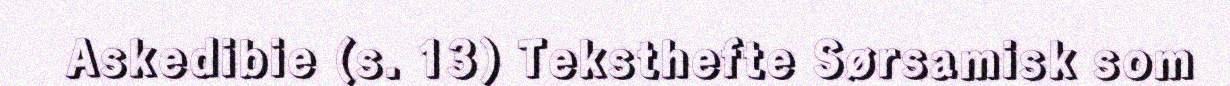
Askedibie (s. 13) Teksthefte Sørsamisk som